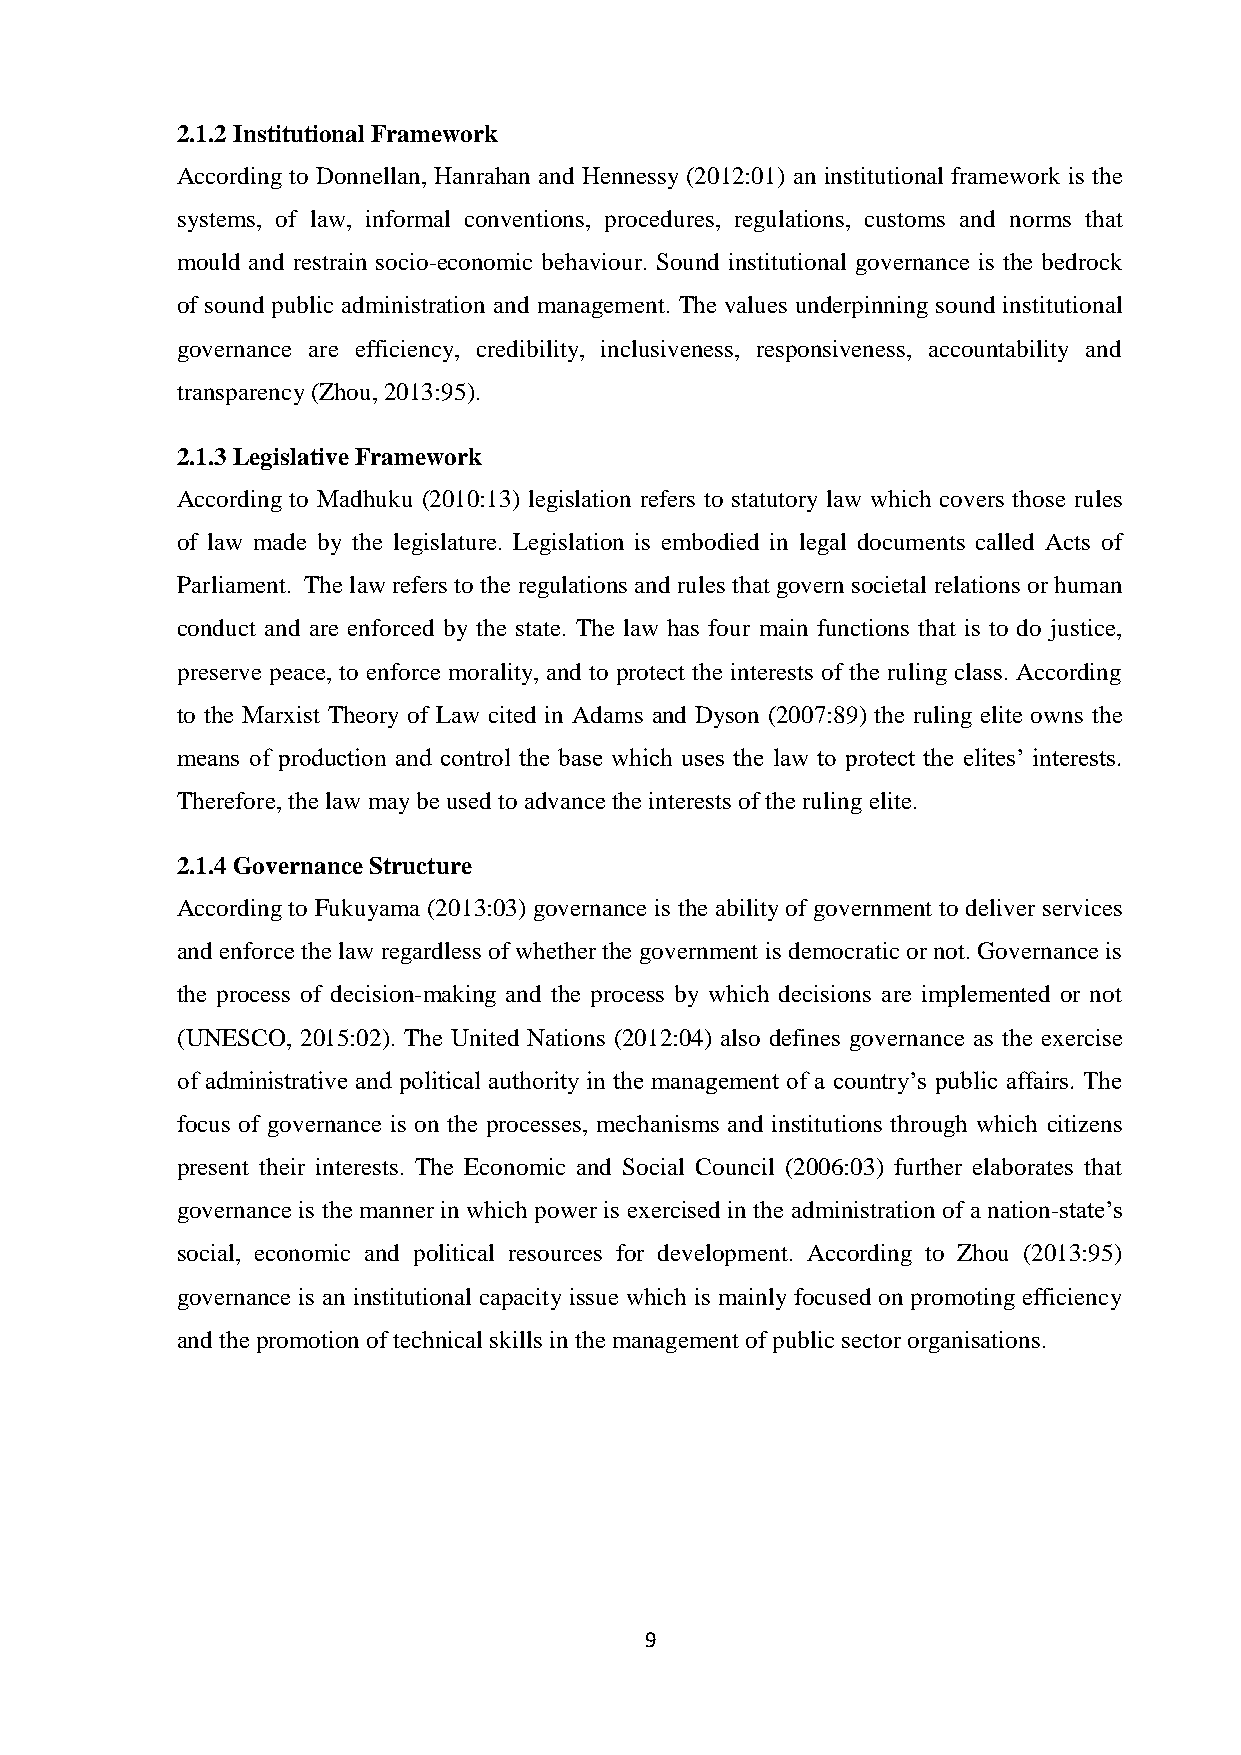
2.1.2 Institutional Framework
 According to Donnellan, Hanrahan and Hennessy (2012:01) an institutional framework is the
 systems, of law, informal conventions, procedures, regulations, customs and norms that
 mould and restrain socio-economic behaviour. Sound institutional governance is the bedrock
 of sound public administration and management. The values underpinning sound institutional
 governance are efficiency, credibility, inclusiveness, responsiveness, accountability and
 transparency (Zhou, 2013:95).
 2.1.3 Legislative Framework
 According to Madhuku (2010:13) legislation refers to statutory law which covers those rules
 of law made by the legislature. Legislation is embodied in legal documents called Acts of
 Parliament. The law refers to the regulations and rules that govern societal relations or human
 conduct and are enforced by the state. The law has four main functions that is to do justice,
 preserve peace, to enforce morality, and to protect the interests of the ruling class. According
 to the Marxist Theory of Law cited in Adams and Dyson (2007:89) the ruling elite owns the
 means of production and control the base which uses the law to protect the elites’ interests.
 Therefore, the law may be used to advance the interests of the ruling elite.
 2.1.4 Governance Structure
 According to Fukuyama (2013:03) governance is the ability of government to deliver services
 and enforce the law regardless of whether the government is democratic or not. Governance is
 the process of decision-making and the process by which decisions are implemented or not
 (UNESCO, 2015:02). The United Nations (2012:04) also defines governance as the exercise
 of administrative and political authority in the management of a country’s public affairs. The
 focus of governance is on the processes, mechanisms and institutions through which citizens
 present their interests. The Economic and Social Council (2006:03) further elaborates that
 governance is the manner in which power is exercised in the administration of a nation-state’s
 social, economic and political resources for development. According to Zhou (2013:95)
 governance is an institutional capacity issue which is mainly focused on promoting efficiency
 and the promotion of technical skills in the management of public sector organisations.
 9